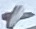
Text: +